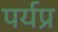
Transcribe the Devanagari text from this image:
पर्यप्र